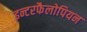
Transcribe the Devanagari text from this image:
इन्टरफैलोपियन